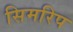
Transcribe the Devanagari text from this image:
सिमरिप